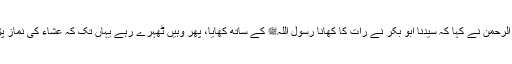
سیدنا عبد الرحمنؓ نے کہا کہ سیدنا ابو بکرؓ نے رات کا کھانا رسول اللہﷺ کے ساتھ کھایا، پھر وہیں ٹھہرے رہے یہاں تک کہ عشاء کی نماز پڑھی گئی۔